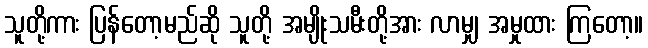
သူတို့ကား ပြန်တော့မည်ဆို သူတို့ အမျိုးသမီးတို့အား လာမျှ အမှုထား ကြတော့။